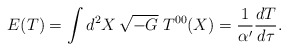
\begin{align*}E(T)=\int d^2X\,\sqrt{-G}\;T^{00}(X)=\frac{1}{\alpha'}\frac{dT}{d\tau}.\end{align*}